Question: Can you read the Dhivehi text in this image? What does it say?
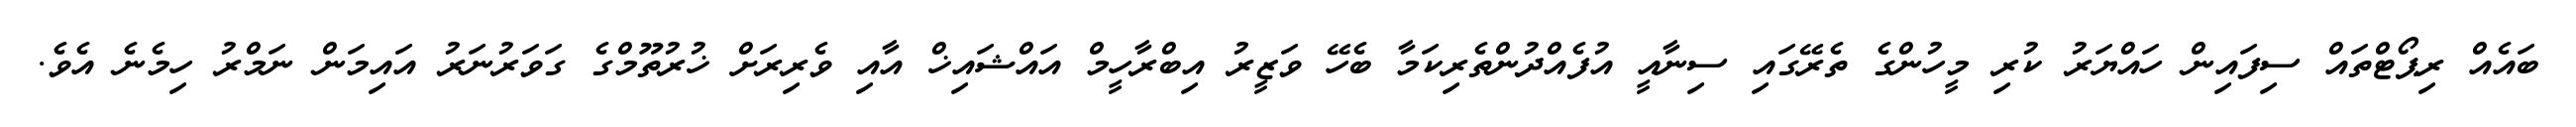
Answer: ބައެއް ރިޕޯޓްތައް ސިފައިން ހައްޔަރު ކުރި މީހުންގެ ތެރޭގައި ސިނާއީ އުފެއްދުންތެރިކަމާ ބެހޭ ވަޒީރު އިބްރާހީމް އައްޝައިޚް އާއި ވެރިރަށް ޚުރުތޫމްގެ ގަވަރުނަރު އައިމަން ނަމްރު ހިމެނެ އެވެ.